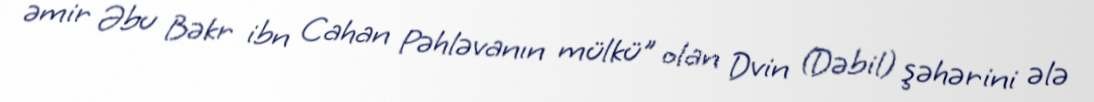
əmir Əbu Bəkr ibn Cahan Pəhləvanın mülkü" olan Dvin (Dəbil) şəhərini ələ